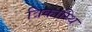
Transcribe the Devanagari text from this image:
त्रिकास्थि